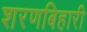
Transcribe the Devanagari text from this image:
शरणबिहारी